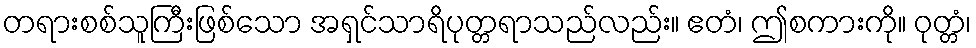
တရားစစ်သူကြီးဖြစ်သော အရှင်သာရိပုတ္တရာသည်လည်း။ ဧတံ၊ ဤစကားကို။ ဝုတ္တံ၊